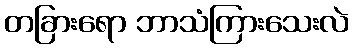
တခြားရော ဘာသံကြားသေးလဲ